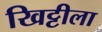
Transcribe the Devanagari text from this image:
खिट्टीला